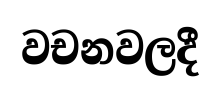
වචනවලදී